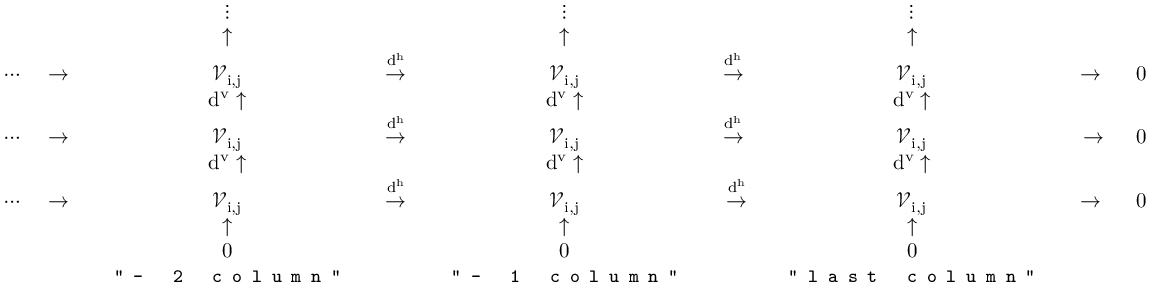
{ \mathrm { ~ \begin{array} { c c c c c c c c c c c } { ~ } & { ~ } & { ~ \vdots ~ } & { ~ } & { ~ \vdots ~ } & { ~ } & { ~ \vdots ~ } & { ~ } & { ~ } \\ { ~ } & { ~ } & { ~ \uparrow ~ } & { ~ } & { ~ \uparrow ~ } & { ~ } & { ~ \uparrow ~ } & { ~ } & { ~ } \\ { ~ \cdots } & { ~ \rightarrow ~ } & { ~ \mathcal { V } _ { i , j } ~ } & { ~ \overset { d ^ h } { \rightarrow } ~ } & { ~ \mathcal { V } _ { i , j } ~ } & { ~ \overset { d ^ h } { \rightarrow } ~ } & { ~ \mathcal { V } _ { i , j } ~ } & { ~ \rightarrow ~ } & { ~ 0 ~ } \\ { ~ } & { ~ } & { ~ d ^ v \uparrow ~ } & { ~ } & { ~ d ^ v \uparrow ~ } & { ~ } & { ~ d ^ v \uparrow ~ } & { ~ } & { ~ } \\ { ~ \cdots } & { ~ \rightarrow ~ } & { ~ \mathcal { V } _ { i , j } ~ } & { ~ \overset { d ^ h } { \rightarrow } ~ } & { ~ \mathcal { V } _ { i , j } ~ } & { ~ \overset { d ^ h } { \rightarrow } ~ } & { ~ \mathcal { V } _ { i , j } ~ } & { ~ \rightarrow } & { ~ 0 ~ } \\ { ~ } & { ~ } & { ~ d ^ v \uparrow ~ } & { ~ } & { ~ d ^ v \uparrow ~ } & { ~ } & { ~ d ^ v \uparrow ~ } & { ~ } & { ~ } \\ { ~ \cdots } & { ~ \rightarrow ~ } & { ~ \mathcal { V } _ { i , j } ~ } & { ~ \overset { d ^ h } { \rightarrow } ~ } & { ~ \mathcal { V } _ { i , j } ~ } & { ~ \overset { d ^ h } { \rightarrow } } & { ~ \mathcal { V } _ { i , j } ~ } & { ~ \rightarrow ~ } & { ~ 0 ~ } \\ { ~ } & { ~ } & { ~ \uparrow ~ } & { ~ } & { ~ \uparrow ~ } & { ~ } & { ~ \uparrow ~ } & { ~ } & { ~ } \\ { ~ } & { ~ } & { ~ 0 ~ } & { ~ } & { ~ 0 ~ } & { ~ } & { ~ 0 ~ } & { ~ } & { ~ } \\ { ~ } & { ~ } & { ~ \mathrm { \small { \texttt { " - ~ 2 ~ c o l u m n " } } } ~ } & { ~ } & { ~ \mathrm { \small { \texttt { " - ~ 1 ~ c o l u m n " } } } ~ } & { ~ } & { ~ \mathrm { \small { \texttt { " l a s t ~ c o l u m n " } } } ~ } & { ~ } & { ~ } \end{array} ~ } }